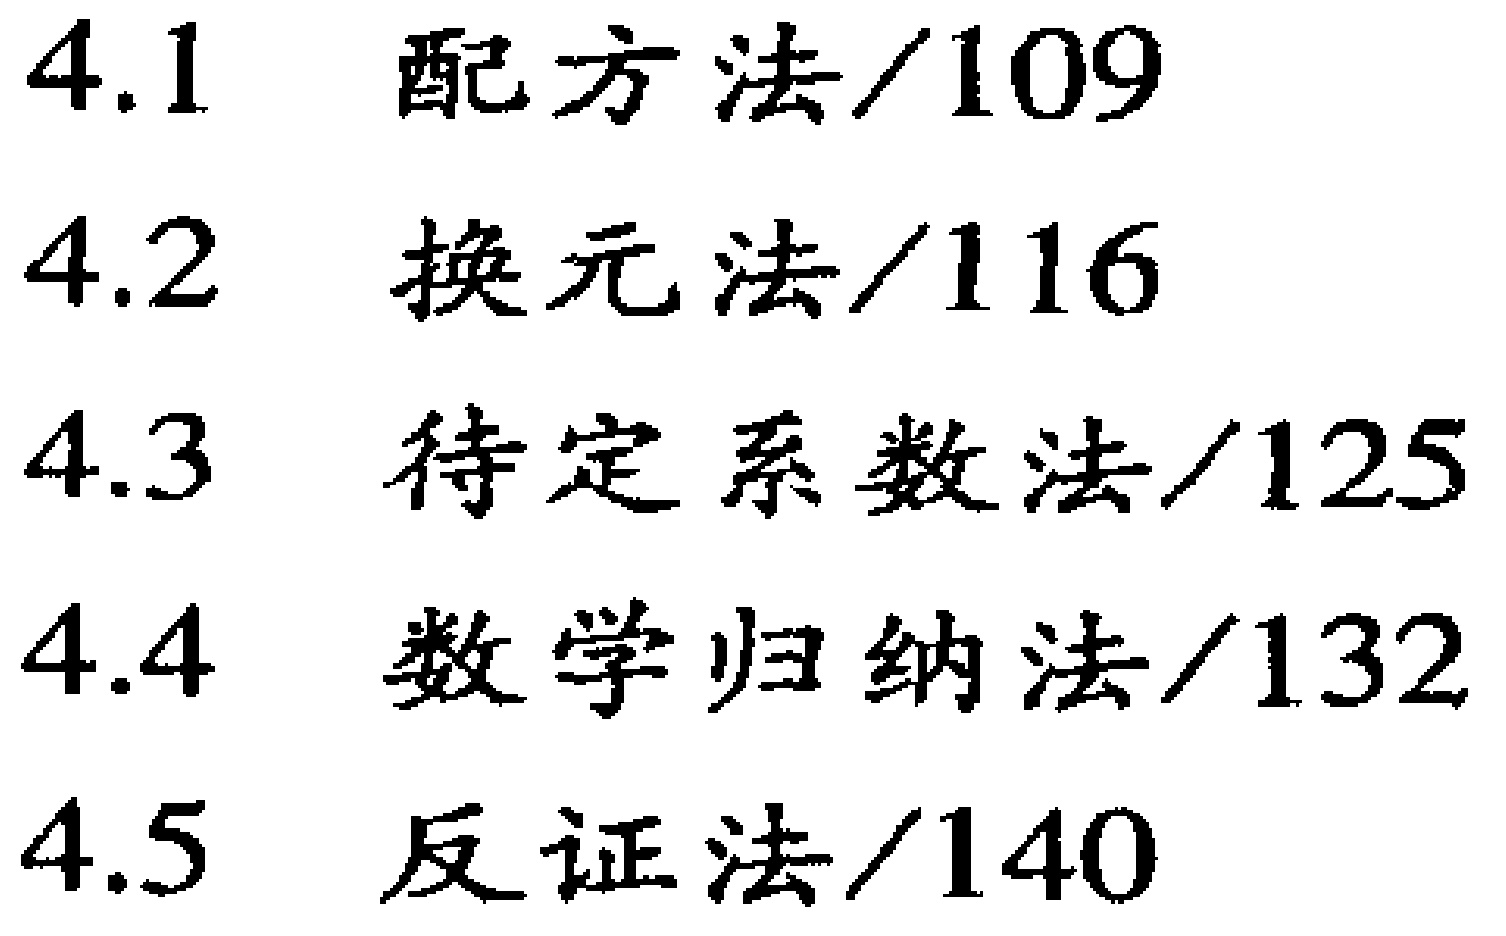
4.1 配方法/109\\

4.2 换元法/116\\

4.3 待定系数法/125\\

4.4 数学归纳法/132\\

4.5 反证法/140